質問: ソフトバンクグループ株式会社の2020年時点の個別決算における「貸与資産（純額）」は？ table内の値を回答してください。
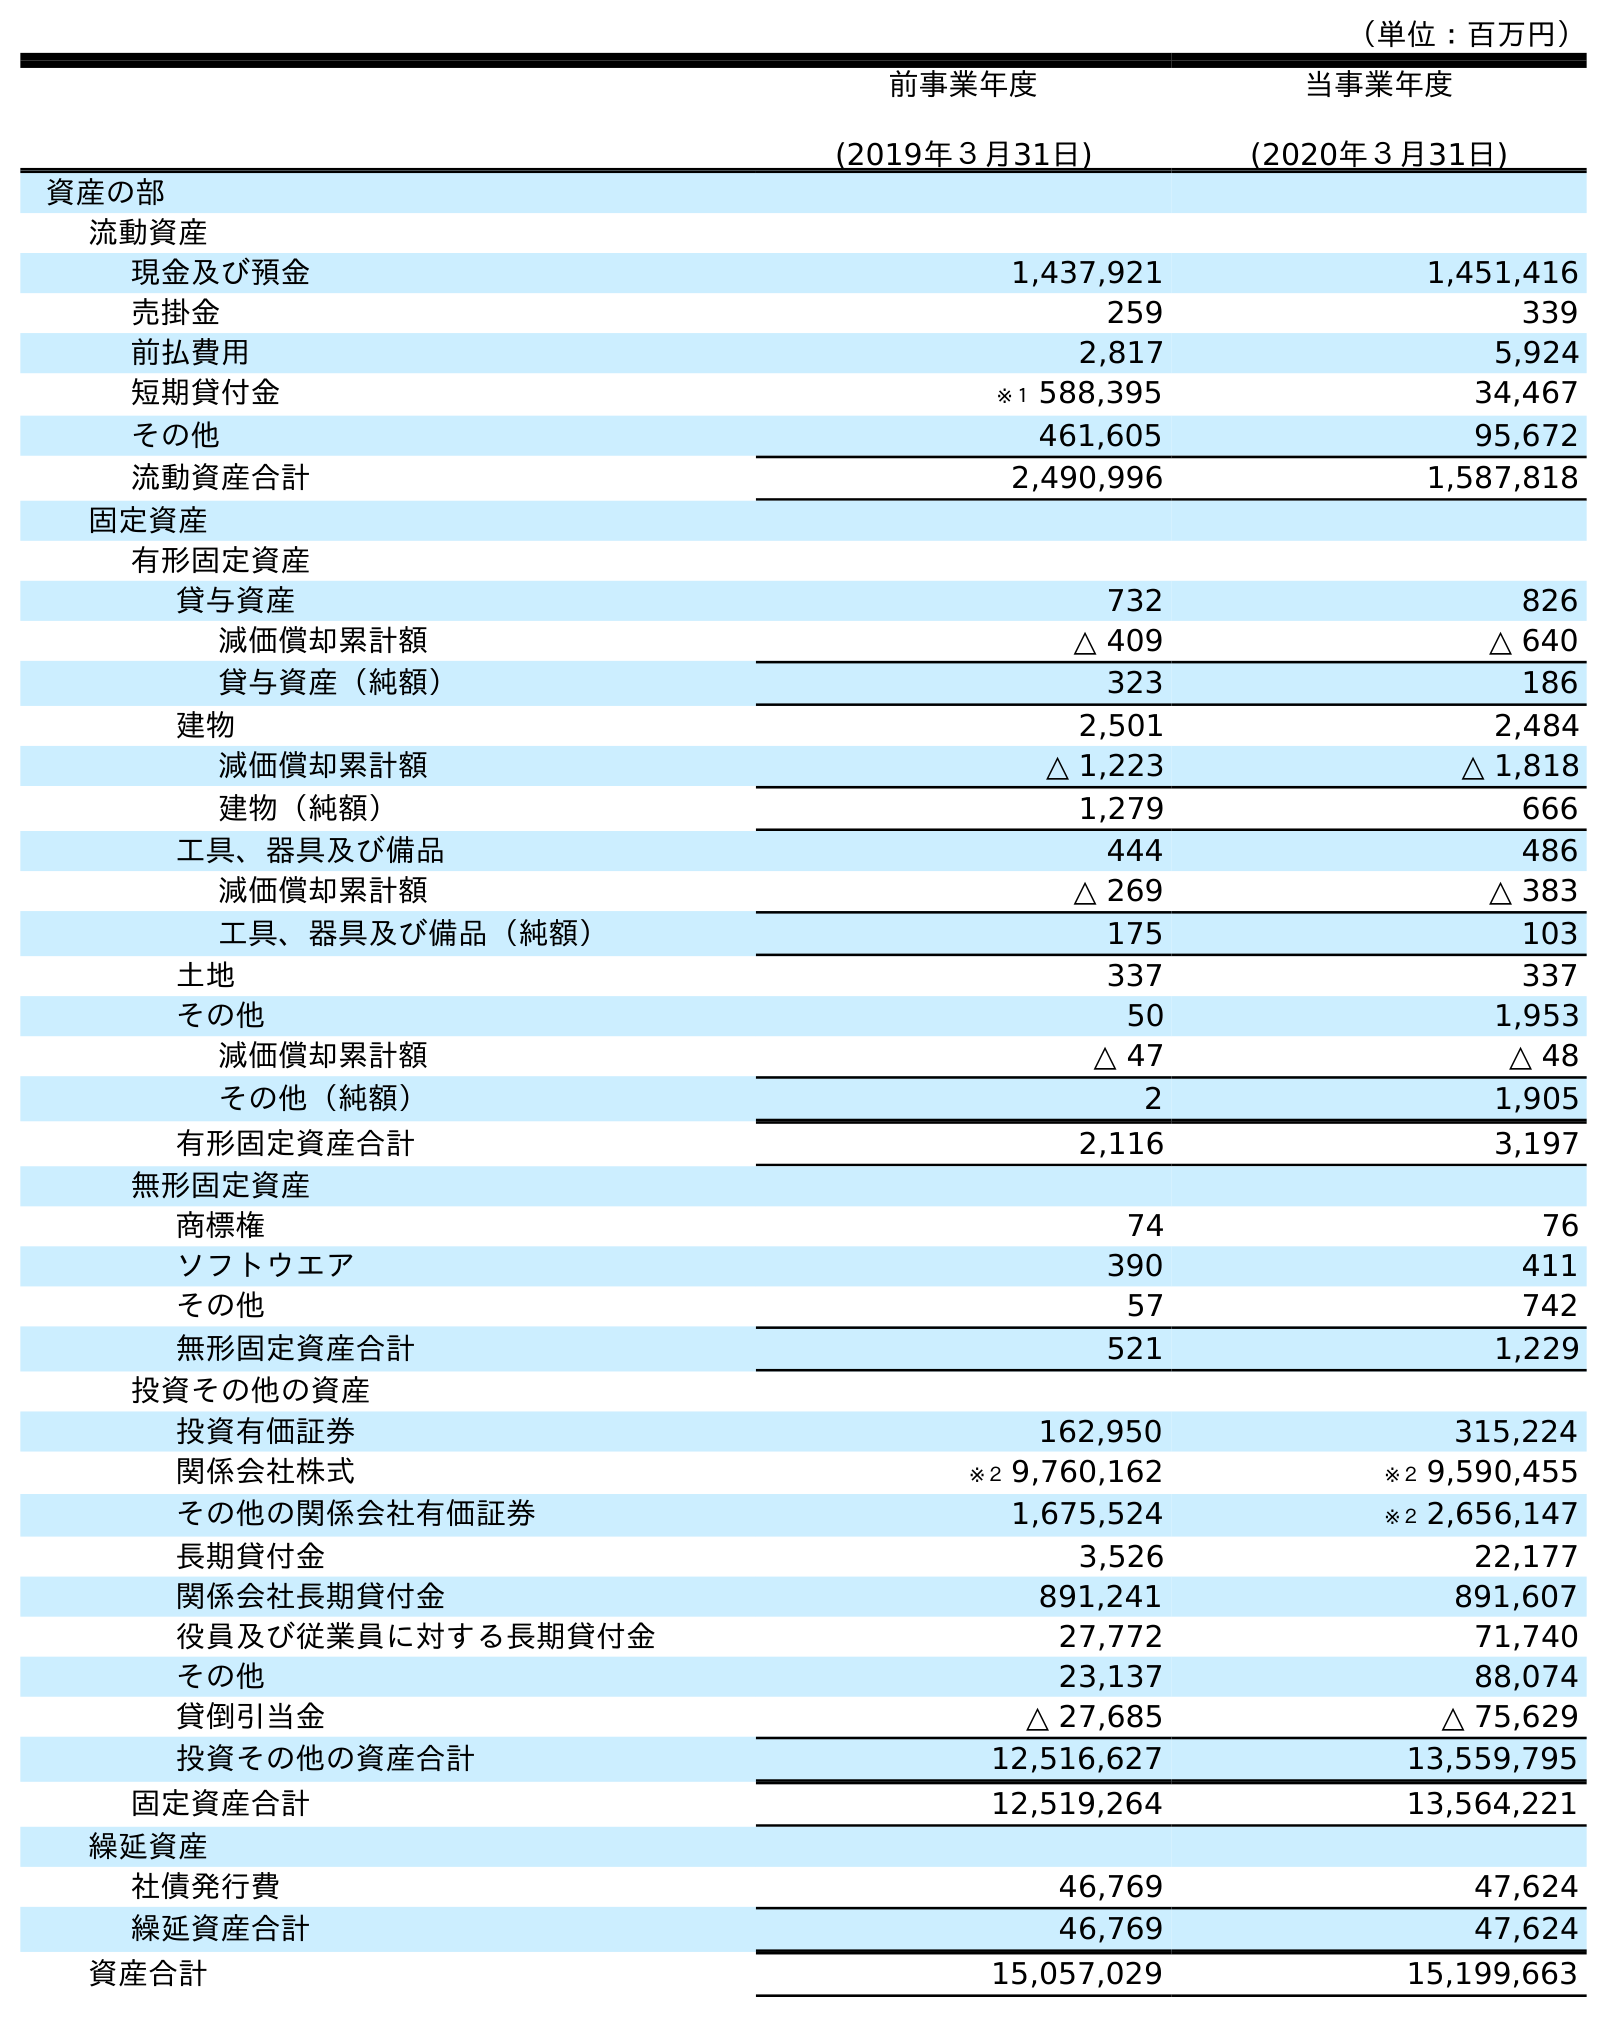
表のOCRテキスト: （単位：百万円） 前事業年度 (2019年３月31日) 当事業年度 (2020年３月31日) 資産の部 流動資産 現金及び預金 1,437,921 1,451,416 売掛金 259 339 前払費用 2,817 5,924 短期貸付金 ※１ 588,395 34,467 その他 461,605 95,672 流動資産合計 2,490,996 1,587,818 固定資産 有形固定資産 貸与資産 732 826 減価償却累計額 △ 409 △ 640 貸与資産（純額） 323 186 建物 2,501 2,484 減価償却累計額 △ 1,223 △ 1,818 建物（純額） 1,279 666 工具、器具及び備品 444 486 減価償却累計額 △ 269 △ 383 工具、器具及び備品（純額） 175 103 土地 337 337 その他 50 1,953 減価償却累計額 △ 47 △ 48 その他（純額） 2 1,905 有形固定資産合計 2,116 3,197 無形固定資産 商標権 74 76 ソフトウエア 390 411 その他 57 742 無形固定資産合計 521 1,229 投資その他の資産 投資有価証券 162,950 315,224 関係会社株式 ※２ 9,760,162 ※２ 9,590,455 その他の関係会社有価証券 1,675,524 ※２ 2,656,147 長期貸付金 3,526 22,177 関係会社長期貸付金 891,241 891,607 役員及び従業員に対する長期貸付金 27,772 71,740 その他 23,137 88,074 貸倒引当金 △ 27,685 △ 75,629 投資その他の資産合計 12,516,627 13,559,795 固定資産合計 12,519,264 13,564,221 繰延資産 社債発行費 46,769 47,624 繰延資産合計 46,769 47,624 資産合計 15,057,029 15,199,663
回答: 186